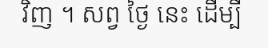
វិញ ។ សព្វ ថ្ងៃ នេះ ដើម្បី